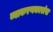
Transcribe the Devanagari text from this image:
व्याकरणकारांस